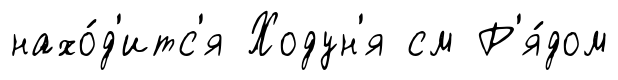
нахо́д'итс'я Ходун'я см Р'я́дом